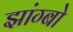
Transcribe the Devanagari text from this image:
झांग्बो